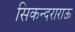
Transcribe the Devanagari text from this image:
सिकन्‍दराराऊ